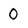
Character: 0